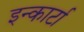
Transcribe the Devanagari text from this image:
इन्कार्टा